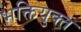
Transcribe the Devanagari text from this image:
भक्तियुक्‍त